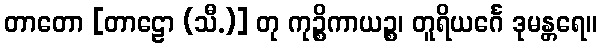
တာတော [တာဠော (သီ.)] တု ကုဉ္စိကာယဉ္စ၊ တူရိယင်္ဂေ ဒုမန္တရေ။